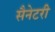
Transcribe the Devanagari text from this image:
सैनेटरी